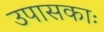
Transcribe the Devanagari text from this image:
उपासकाः